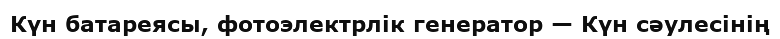
Күн батареясы, фотоэлектрлік генератор — Күн сәулесінің